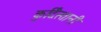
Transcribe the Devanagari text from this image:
कुर्दिस्तानी